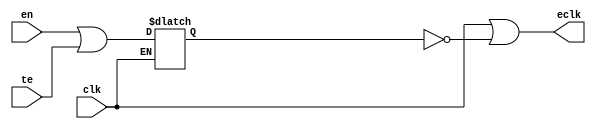
//#############################################################################
//# Function: Integrated "Or" Clock Gating Cell                               #
//# Copyright: OH Project Authors. ALl rights Reserved.                       #
//# License:  MIT (see LICENSE file in OH repository)                         #
//#############################################################################

module asic_clkicgor #(parameter PROP = "DEFAULT")  (
   input  clk,// clock input
   input  te, // test enable
   input  en, // enable
   output eclk  // enabled clock output
   );

   reg 	  en_stable;

   always @ (clk or en or te)
     if (clk)
       en_stable <= en | te;

   assign eclk =  clk | ~en_stable;

endmodule